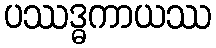
ပဿဒ္ဓကာယဿ